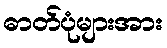
ဓာတ်ပုံများအား